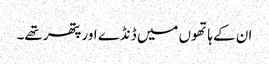
ان کے ہاتھوں میں ڈنڈے اور پتھر تھے۔